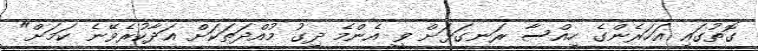
ގޮތުގައި އަހަރެންގެ ހިއްސާ ރަނގަޅަށް ވީ އެންމެ ދިގު މުއްދަތަކަށް އަދާކުރެވޭނެ ކަމަށް"